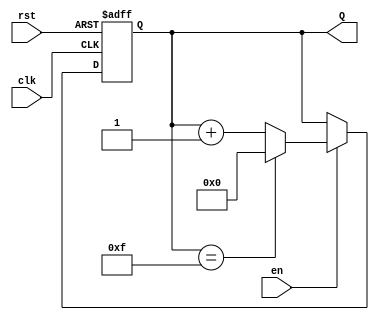
module binary_up_counter #(
    parameter N = 4  // Parameter for the number of bits in the counter
)(
    input wire clk,   // Clock signal
    input wire rst,   // Asynchronous reset signal
    input wire en,    // Enable signal
    output reg [N-1:0] Q  // N-bit output for the current count value
);

// Always block triggered on the rising edge of the clock or when reset is asserted
always @(posedge clk or posedge rst) begin
    if (rst) begin
        Q <= 0;  // Reset the counter to 0
    end else if (en) begin
        if (Q == (1 << N) - 1) begin
            Q <= 0;  // Wrap around to 0 when maximum value is reached
        end else begin
            Q <= Q + 1;  // Increment the counter
        end
    end
end

endmodule